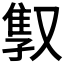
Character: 𫩇